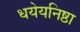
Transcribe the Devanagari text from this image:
धयेयनिष्ठा